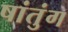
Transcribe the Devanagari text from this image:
षांतुंग